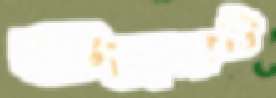
গুজরাটি